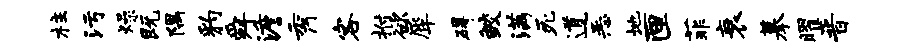
柱污燥既隅豹舜澹秀客拊欲犀碍鲛满死道恶地匣菲衰摹曜晋